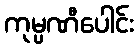
ကုမ္ပဏီပေါင်း